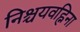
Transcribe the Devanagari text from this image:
निश्चयवह्निना